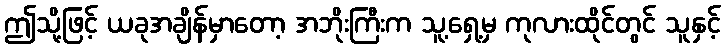
ဤသို့ဖြင့် ယခုအချိန်မှာတော့ အဘိုးကြီးက သူ့ရှေ့မှ ကုလားထိုင်တွင် သူနှင့်